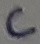
Text: C